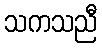
သကသညီ